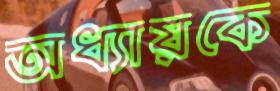
অধ্যায়কে